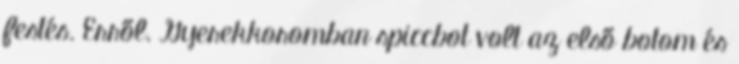
festés. Erről. Gyerekkoromban spiccbot volt az első botom és